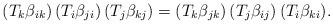
\begin{align*}(T_k\beta_{ik})\, (T_i\beta_{ji})\, (T_j\beta_{kj})=(T_k\beta_{jk})\, (T_j\beta_{ij})\, (T_i\beta_{ki}).\end{align*}